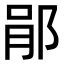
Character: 𨛡